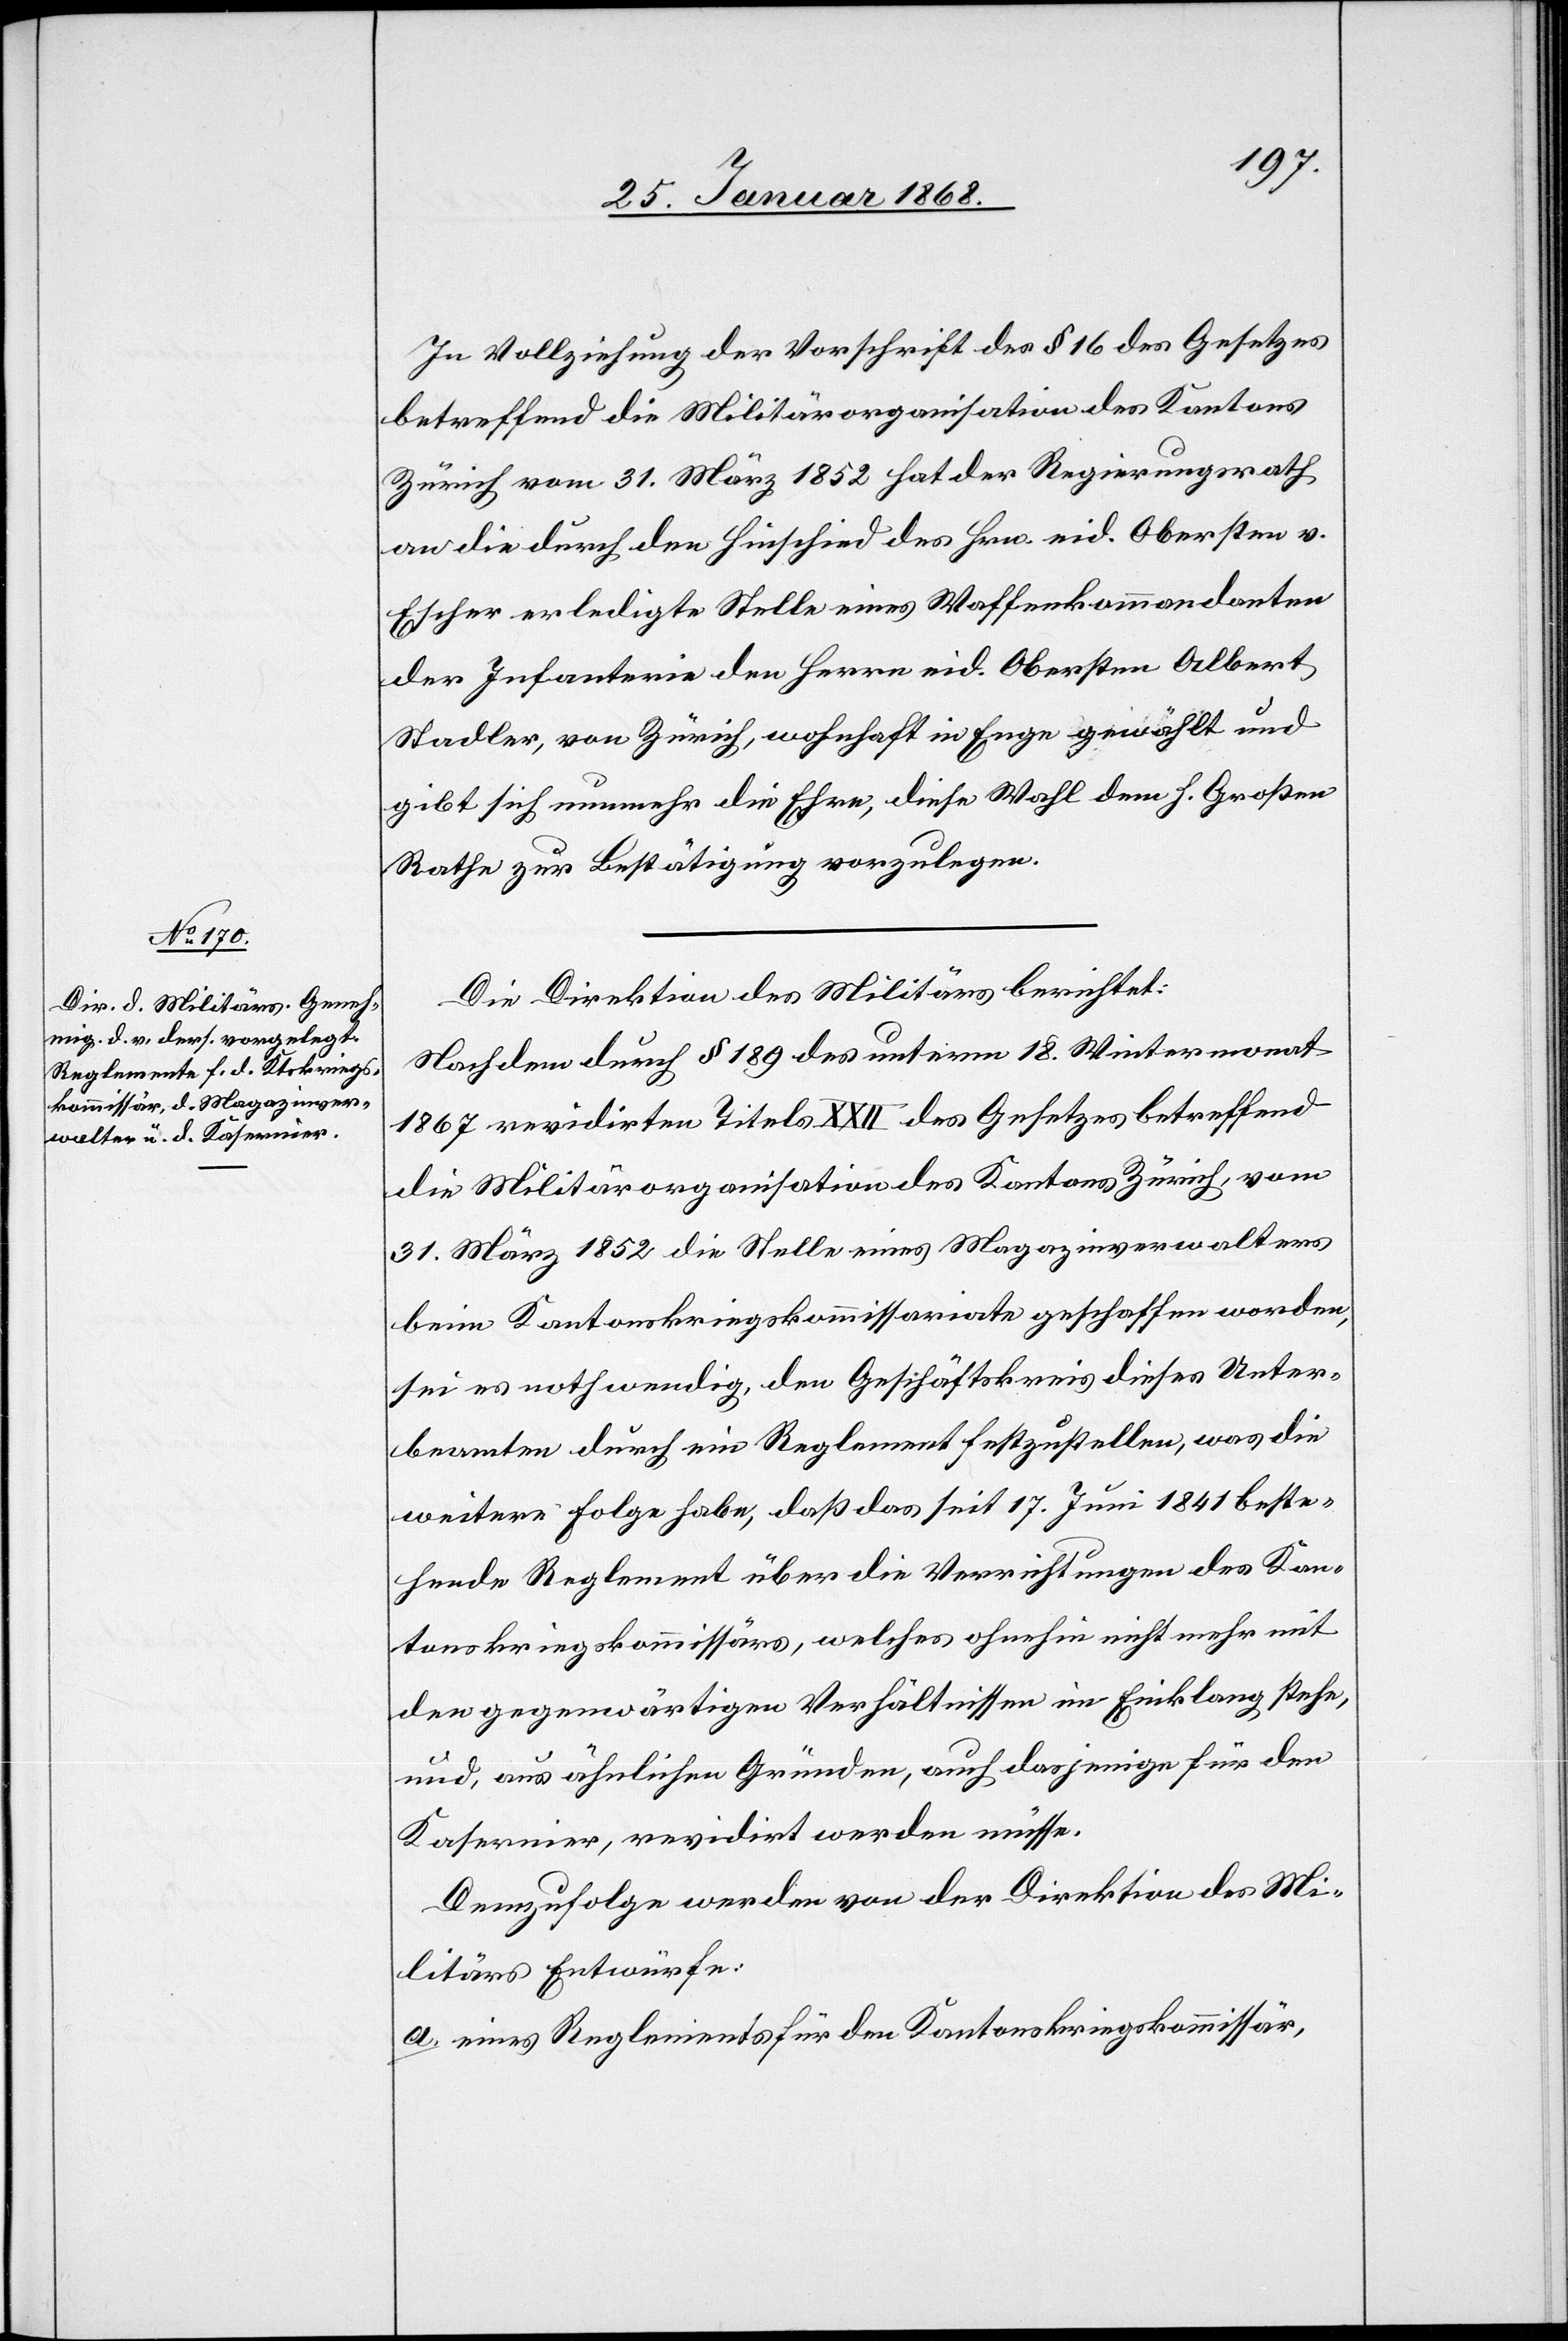
In Vollziehung der Vorschrift des § 16 des Gesetzes
betreffend die Militärorganisation des Kantons
Zürich vom 31. März 1852 hat der Regierungsrath
an die durch den Hinschied des Hrn. eid. Obersten v.
Escher erledigte Stelle eines Waffenkommandanten
der Infanterie den Herrn eid. Obersten Albert
Stadler, von Zürich, wohnhaft in Enge gewählt und
gibt sich nunmehr die Ehre, diese Wahl dem h. Großen
Rathe zur Bestätigung vorzulegen.
Die Direktion des Militärs berichtet:
Nachdem durch § 189 des unterm 18. Wintermonat
1867 revidirten Titels XXII des Gesetzes betreffend
die Militärorganisation des Kantons Zürich, vom
31. März 1852 die Stelle eines Magazinverwalters
beim Kantonskriegskommissariate geschaffen worden,
sei es nothwendig, den Geschäftskreis dieses Unter¬
beamten durch ein Reglement festzustellen, was die
weitere Folge habe, daß das seit 17. Juni 1841 beste¬
hende Reglement über die Verrichtungen des Kan¬
tonskriegskommissärs, welches ohnehin nicht mehr mit
den gegenwärtigen Verhältnissen im Einklang stehe,
und, aus ähnlichen Gründen, auch dasjenige für den
Kasernier, revidirt werden müsse.
Demzufolge werden von der Direktion des Mi¬
litärs Entwürfe:
a. eines Reglements für den Kantonskriegskommissär,